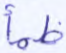
ظمأ